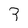
Character: 3